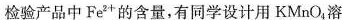
检验产品中Fe^{2+}的含量，有同学设计用KMnO_{4}溶